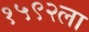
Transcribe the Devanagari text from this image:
१५९२ला